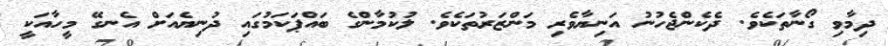
ދިމާވި ގޯނާތަކެވެ. ދެކެންޖެހުނު އަނިޔާވެރި މަންޒަރުތަކެވެ. ލުކުމާންގެ ބައްޕަކަމުގައި ދުނިޔެއަށް އެނގޭ މީހާއަކީ